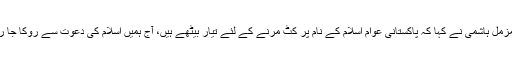
ڈاکٹر مزمل ہاشمی نے کہا کہ پاکستانی عوام اسلام کے نام پر کٹ مرنے کے لئے تیار بیٹھے ہیں، آج ہمیں اسلام کی دعوت سے روکا جا رہا ہے۔